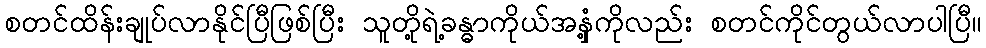
စတင်ထိန်းချုပ်လာနိုင်ပြီဖြစ်ပြီး သူတို့ရဲ့ခန္ဓာကိုယ်အနှံ့ကိုလည်း စတင်ကိုင်တွယ်လာပါပြီ။